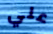
علي